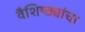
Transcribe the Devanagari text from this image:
वैशिष्ठ्यांचा